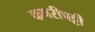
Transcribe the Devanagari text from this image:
कपरीपट्टी